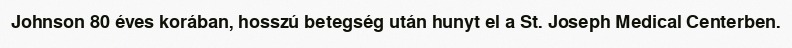
Johnson 80 éves korában, hosszú betegség után hunyt el a St. Joseph Medical Centerben.